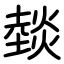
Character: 燅